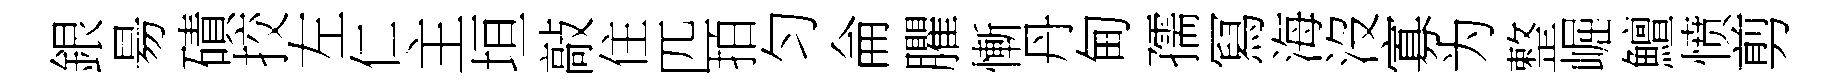
銀昜磧挍左仁主垣敲住匹拍匀侖臞慚丹甸孺冩海沒寡为整崛鱣愤剪